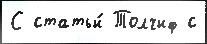
С статьи́ Толчиф с